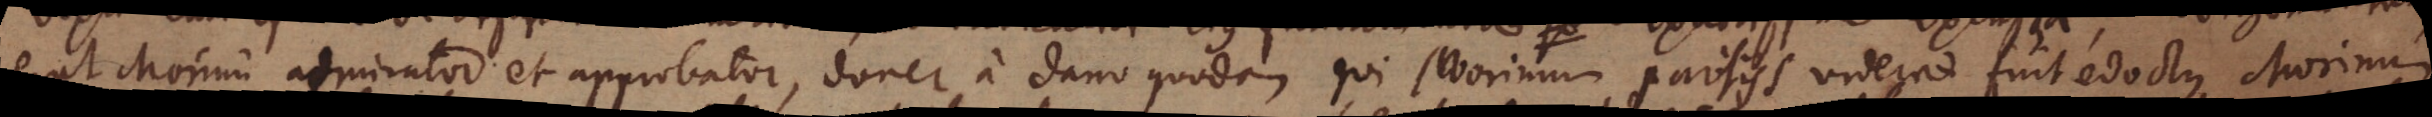
erat Morini admirator et approbator, donec a Dano quodam qui Morinum Parisiis viderat fuit edoctus Morinum